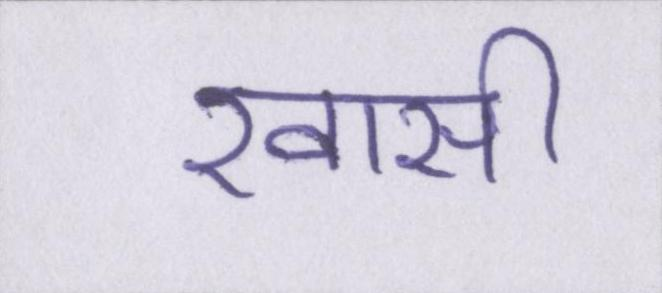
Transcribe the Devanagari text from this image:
खासी